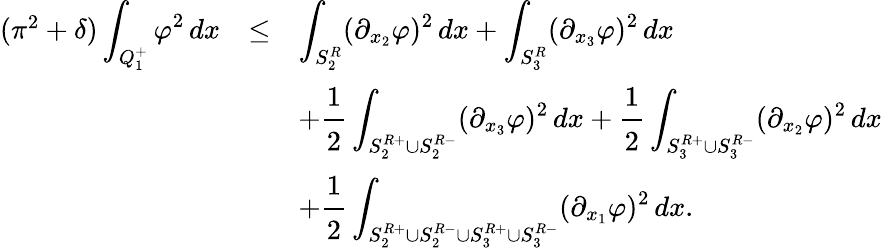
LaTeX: \begin{array}{rcl}{(\pi^{2}+\delta)\displaystyle\int_{Q_{1}^{+}}\varphi^{2}\, dx}&{\le}&{\displaystyle\int_{S_{2}^{R}}(\partial_{x_{2}}\varphi)^{2}\, dx+\displaystyle\int_{S_{3}^{R}}(\partial_{x_{3}}\varphi)^{2}\, dx}\\ &&{+\displaystyle\cfrac{1}{2}\int_{S_{2}^{R+}\cup S_{2}^{R-}}(\partial_{x_{3}}\varphi)^{2}\, dx+\cfrac{1}{2}\int_{S_{3}^{R+}\cup S_{3}^{R-}}(\partial_{x_{2}}\varphi)^{2}\, dx}\\ &&{+\displaystyle\cfrac{1}{2}\int_{S_{2}^{R+}\cup S_{2}^{R-}\cup S_{3}^{R+}\cup S_{3}^{R-}}(\partial_{x_{1}}\varphi)^{2}\, dx.}\end{array}